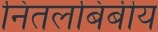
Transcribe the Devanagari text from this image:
नितलबिंबीय